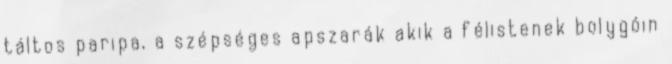
táltos paripa, a szépséges apszarák akik a félistenek bolygóin